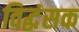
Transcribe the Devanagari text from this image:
विद्धंसक